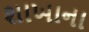
શાખાના